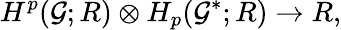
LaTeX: H^{p}({\cal G};R)\otimes H_{p}({\cal G}^{*};R)\rightarrow R,